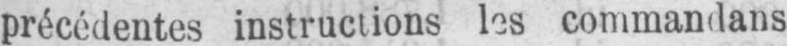
précédentes instructions les commandans